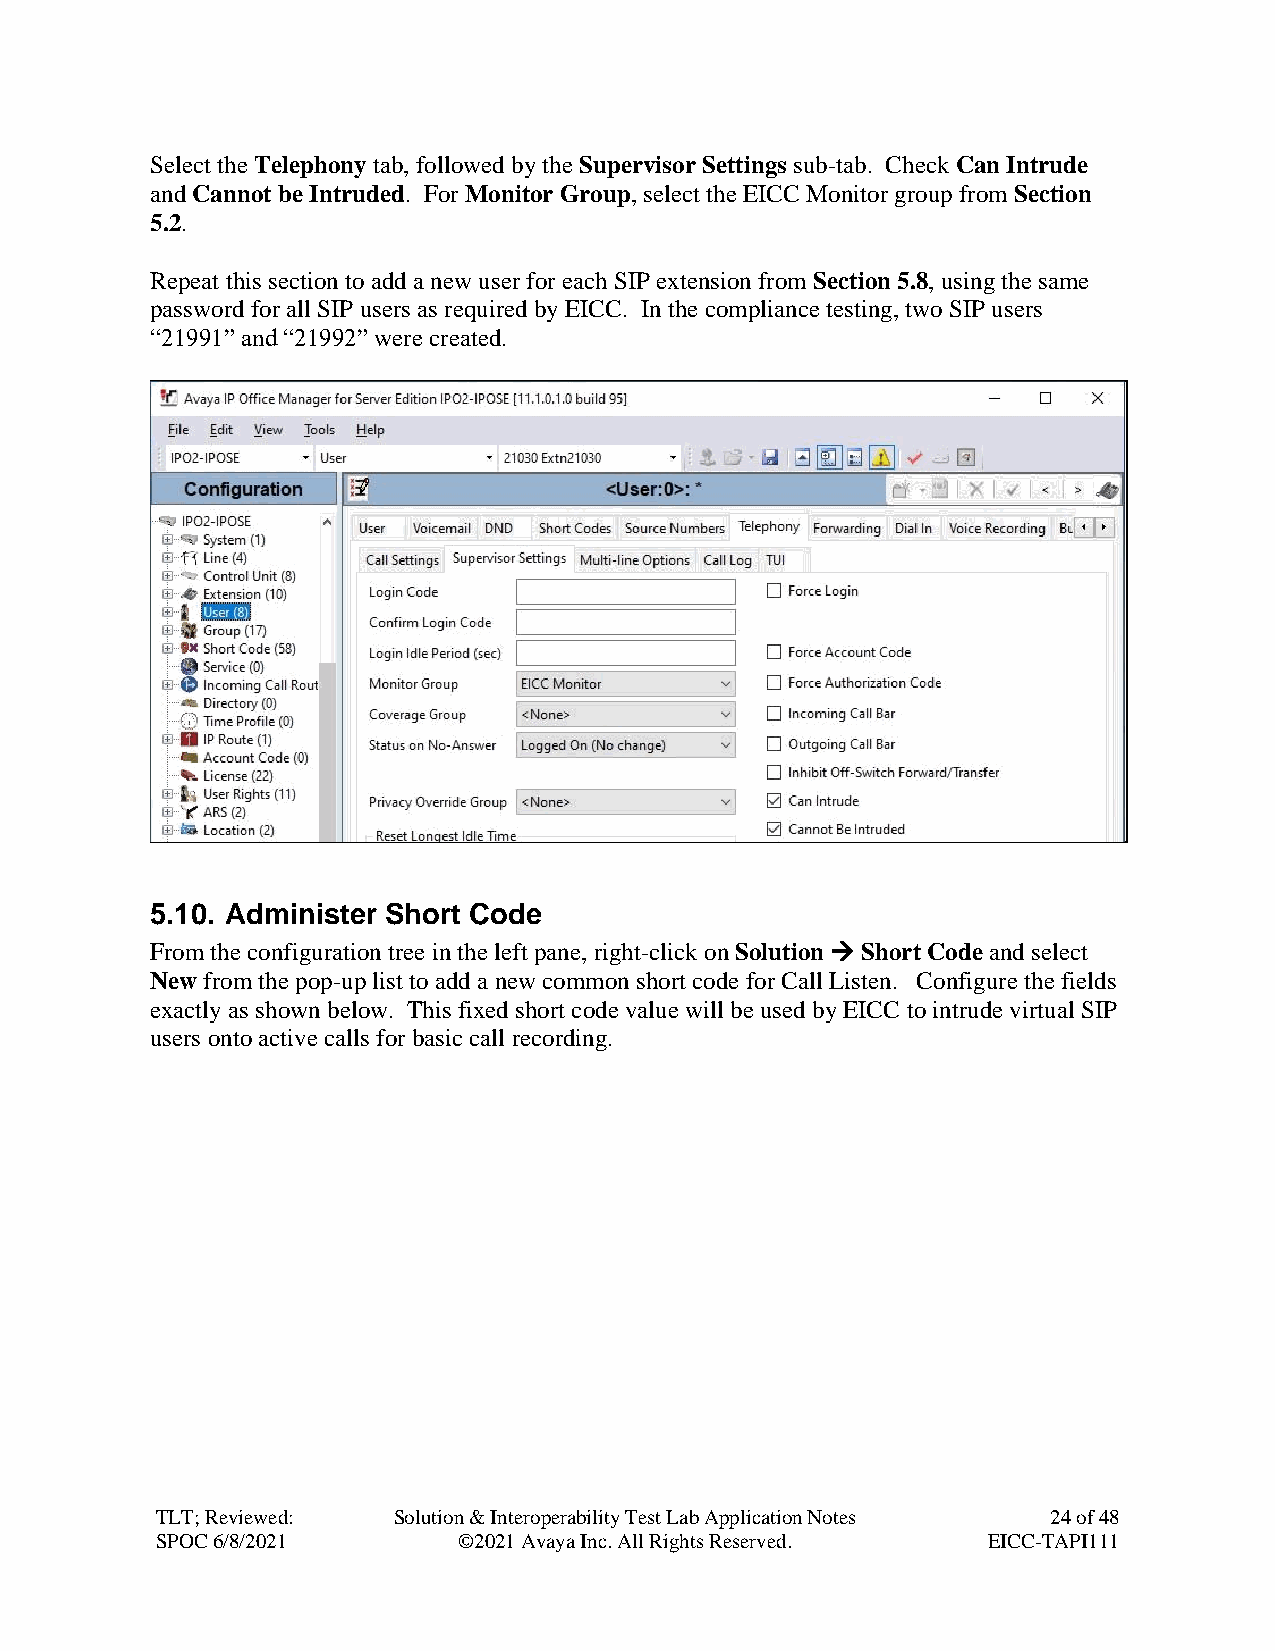
Select the Telephony tab, followed by the Supervisor Settings sub-tab. Check Can Intrude
 and Cannot be Intruded. For Monitor Group, select the EICC Monitor group from Section
 5.2.
 Repeat this section to add a new user for each SIP extension from Section 5.8, using the same
 password for all SIP users as required by EICC. In the compliance testing, two SIP users
 “21991” and “21992” were created.
 5.10. Administer Short Code
 From the configuration tree in the left pane, right-click on Solution → Short Code and select
 New from the pop-up list to add a new common short code for Call Listen. Configure the fields
 exactly as shown below. This fixed short code value will be used by EICC to intrude virtual SIP
 users onto active calls for basic call recording.
 TLT; Reviewed:  Solution & Interoperability Test Lab Application Notes 24 of 48
 SPOC 6/8/2021       ©2021 Avaya Inc. All Rights Reserved. EICC-TAPI111